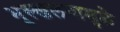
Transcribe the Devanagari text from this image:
भूस्खलनामुळे